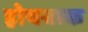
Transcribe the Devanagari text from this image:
होयबाक